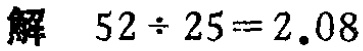
解 \(52\div25 = 2.08\)